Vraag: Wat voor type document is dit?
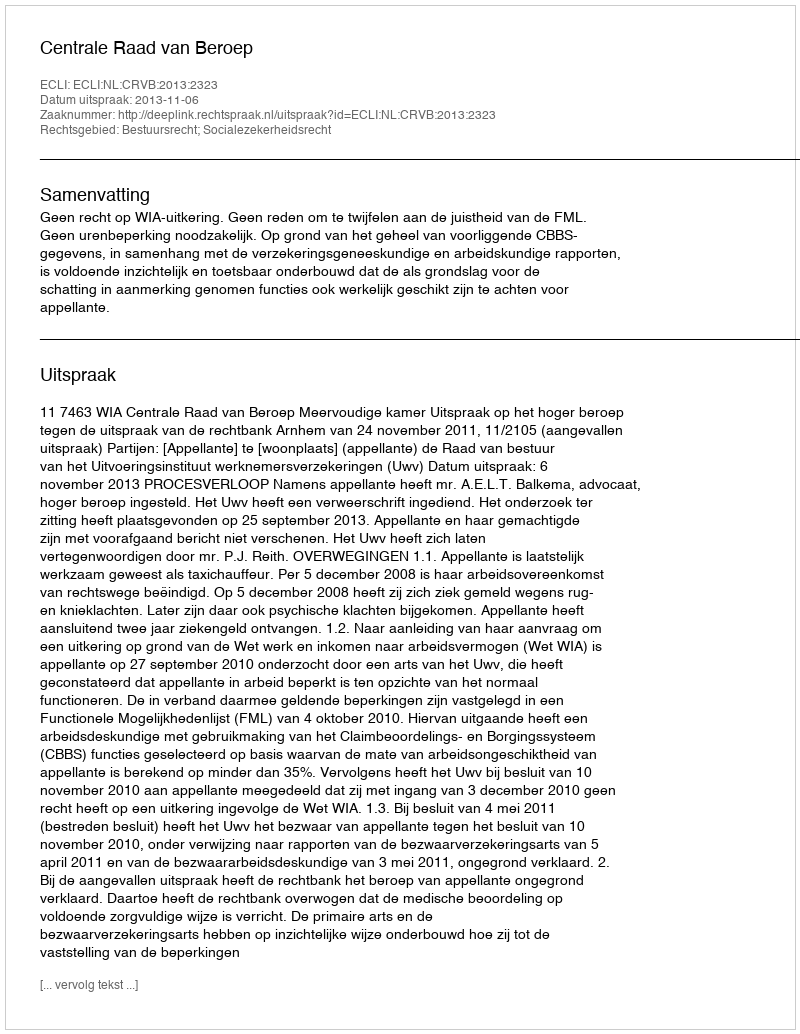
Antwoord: Uitspraak